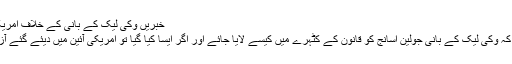
خبریں وکی لیک کے بانی کے خلاف امریکہ میں مقدمہ چلانے پر غور دسمبر 01, 2010
امریکی حکومت اس امکان کا جائزہ لے رہی ہے کہ وکی لیک کے بانی جولین اسانج کو قانون کے کٹہرے میں کیسے لایا جائے اور اگر ایسا کیا گیا تو امریکی آئین میں دیئے گئے آزادی اظہارکے حق پر کہاں تک حرف آسکتا ہے ۔